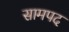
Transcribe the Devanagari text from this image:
सामपद